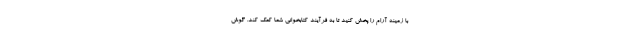
با زمینه آرام را پخش کنید تا به فرآیند کتابخوانی شما کمک کند. گوش